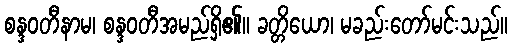
စန္ဒဝတီနာမ၊ စန္ဒဝတီအမည်ရှိ၏။ ခတ္တိယော၊ မခည်းတော်မင်းသည်။